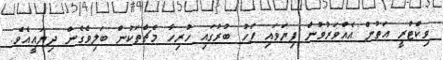
ވިކްޓްރީ އަތުން އެއްވަރުވުން ފިޔަވައި ފަހު ބުރުގައި ހުރިހާ މެޗްތަކުން ބަލިވެގެން ދިޔައީއެވެ.